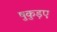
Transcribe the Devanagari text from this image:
षुकुड़ए